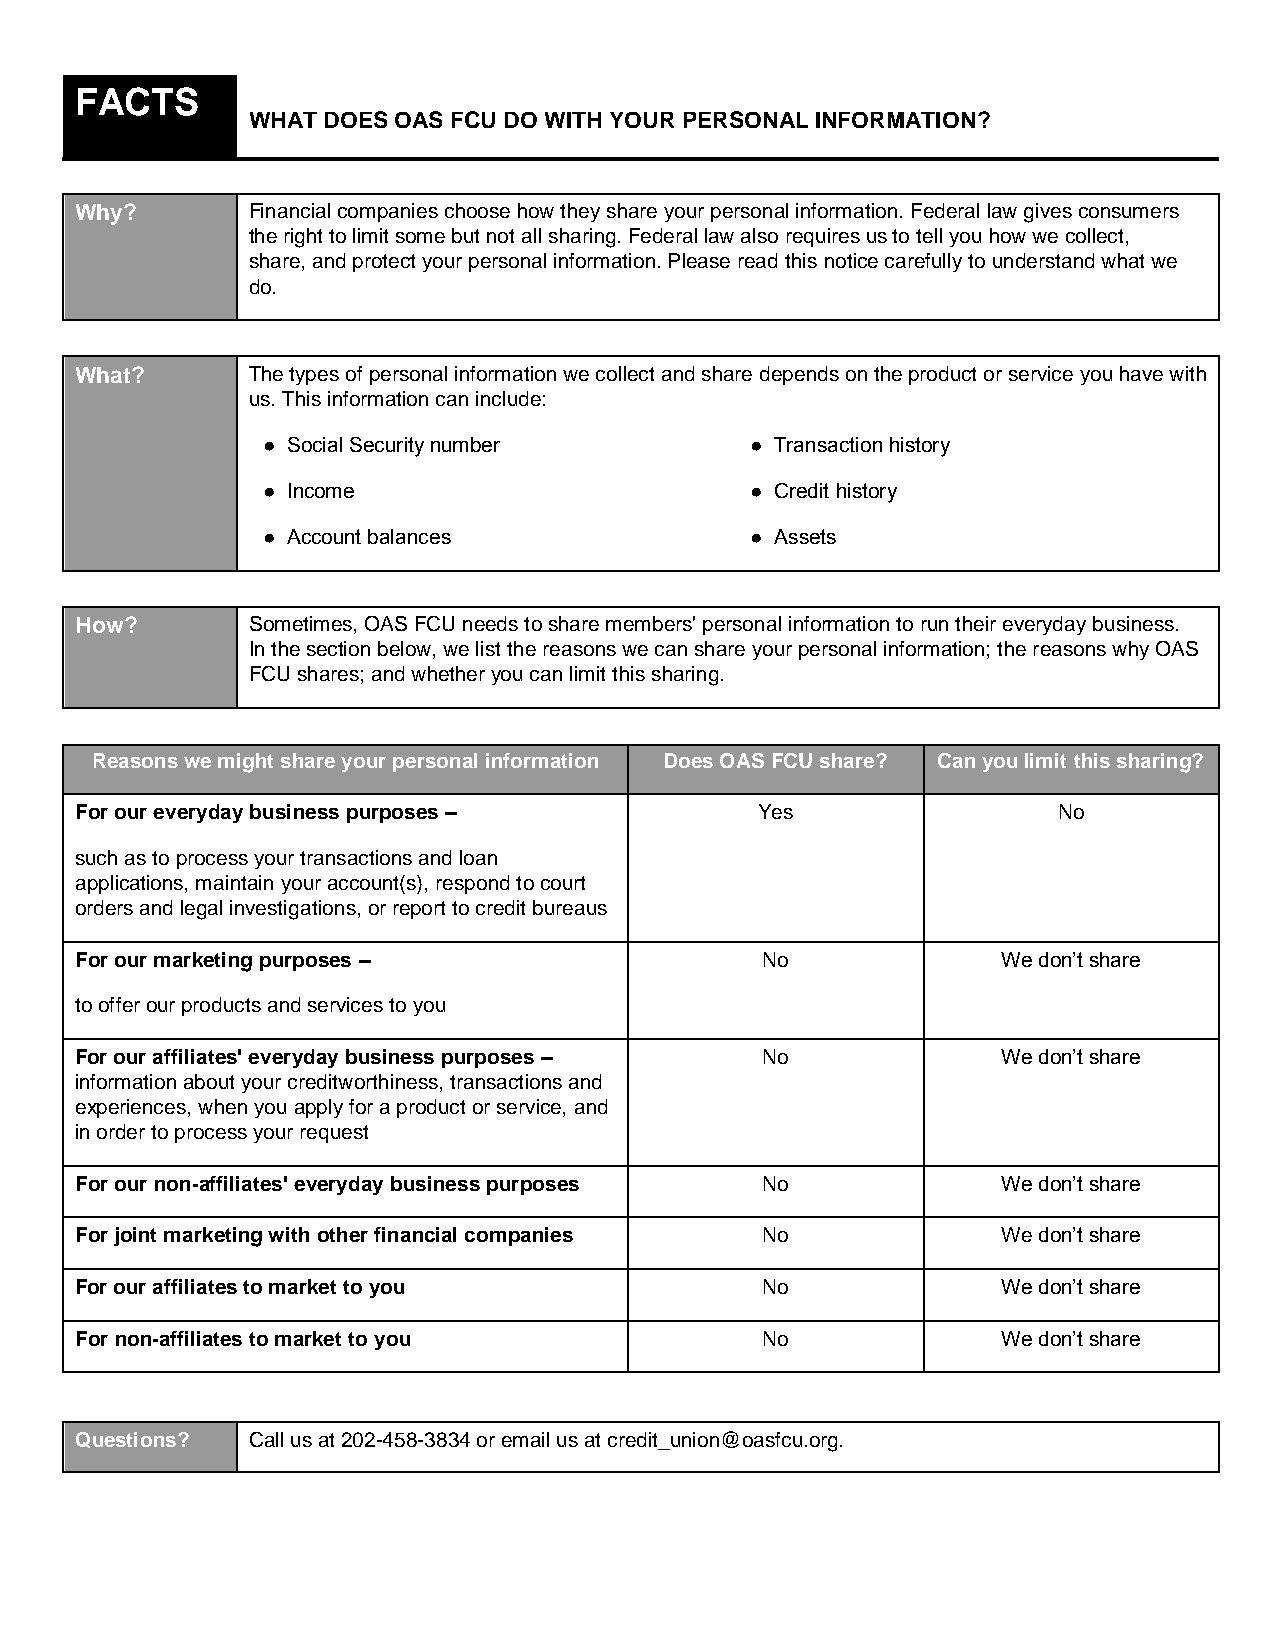
FACTS
 WHAT DOES OAS FCU DO WITH YOUR PERSONAL INFORMATION?
 Why?       Financial companies choose how they share your personal information. Federal law gives consumers
 the right to limit some but not all sharing. Federal law also requires us to tell you how we collect,
 share, and protect your personal information. Please read this notice carefully to understand what we
 do.
 What?      The types of personal information we collect and share depends on the product or service you have with
 us. This information can include:
 ● Social Security number         ● Transaction history
 ● Income                         ● Credit history
 ● Account balances               ● Assets
 How?       Sometimes, OAS FCU needs to share members' personal information to run their everyday business.
 In the section below, we list the reasons we can share your personal information; the reasons why OAS
 FCU shares; and whether you can limit this sharing.
 Reasons we might share your personal information Does OAS FCU share? Can you limit this sharing?
 For our everyday business purposes –         Yes                 No
 such as to process your transactions and loan
 applications, maintain your account(s), respond to court
 orders and legal investigations, or report to credit bureaus
 For our marketing purposes –                 No              We don’t share
 to offer our products and services to you
 For our affiliates' everyday business purposes – No          We don’t share
 information about your creditworthiness, transactions and
 experiences, when you apply for a product or service, and
 in order to process your request
 For our non-affiliates' everyday business purposes No        We don’t share
 For joint marketing with other financial companies No        We don’t share
 For our affiliates to market to you          No              We don’t share
 For non-affiliates to market to you          No              We don’t share
 Questions? Call us at 202-458-3834 or email us at credit_union@oasfcu.org.